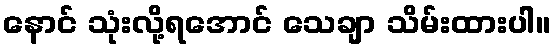
နောင် သုံးလို့ရအောင် သေချာ သိမ်းထားပါ။